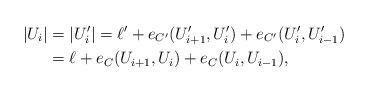
LaTeX: \begin{align*}|U_i|&=|U_i'|=\ell'+e_{C'}(U_{i+1}', U_i')+e_{C'}(U_i', U_{i-1}')\\&=\ell+e_C(U_{i+1}, U_i)+e_C(U_i, U_{i-1}),\end{align*}